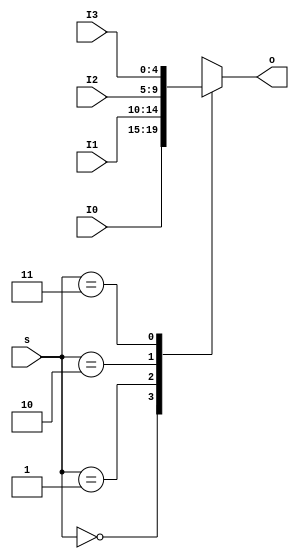
`timescale 1ns / 1ps
//////////////////////////////////////////////////////////////////////////////////
// Company: 
// Engineer: 
// 
// Design Name: 
// Module Name:    MUX8T1_32 
// Project Name: 
// Target Devices: 
// Tool versions: 
// Description: 
//
// Dependencies: 
//
// Revision: 
// Revision 0.01 - File Created
// Additional Comments: 
//
//////////////////////////////////////////////////////////////////////////////////
module   MUX4T1_5(input [1:0]s,
						input [4:0]I0,
						input [4:0]I1,
						input [4:0]I2,
						input [4:0]I3,						
						output reg[4:0]o
						 );

	always @* begin
		case (s)
			2'b00: o <= I0;
			2'b01: o <= I1;
			2'b10: o <= I2;
			2'b11: o <= I3;
		endcase
	end
	
endmodule